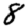
Digit: 8